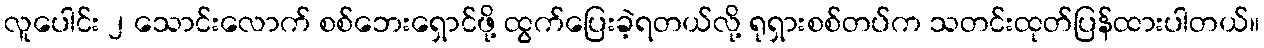
လူပေါင်း ၂ သောင်းလောက် စစ်ဘေးရှောင်ဖို့ ထွက်ပြေးခဲ့ရတယ်လို့ ရုရှားစစ်တပ်က သတင်းထုတ်ပြန်ထားပါတယ်။